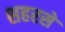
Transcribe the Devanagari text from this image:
शहरसे